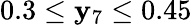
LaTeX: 0.3\leq\mathbf{y}_{7}\leq0.45